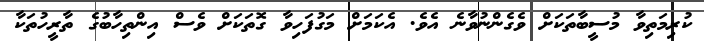
ކުރިމަތިވާ މުސީބާތަކަށް ވެގެންނުވާނެ އެވެ. އެކަމަށް މަގުފަހިވާ ގޮތަކަށް ވެސް އިންތިހާބުގެ ތާރީހުތަކާ